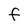
Character: F